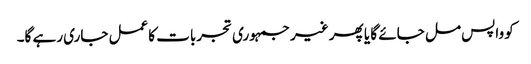
کو واپس مل جائے گا یا پھر غیر جمہوری تجربات کاعمل جاری رہے گا۔